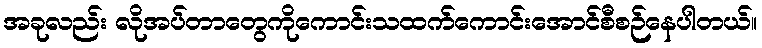
အခုလည်း လိုအပ်တာတွေကိုကောင်းသထက်ကောင်းအောင်စီစဉ်နေပါတယ်။